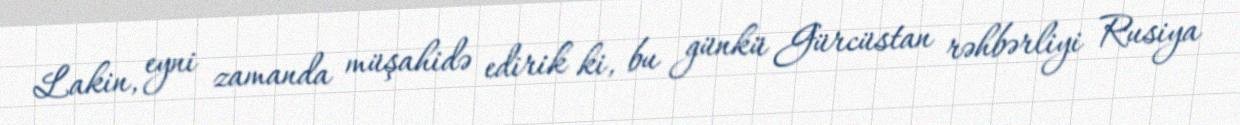
Lakin, eyni zamanda müşahidə edirik ki, bu günkü Gürcüstan rəhbərliyi Rusiya